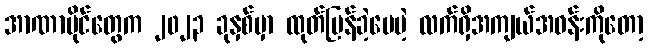
အာဏာပိုင်တွေက ၂၀၂၃ ခုနှစ်မှာ ထုတ်ပြန်ခဲ့ပေမဲ့ လက်ရှိအကျယ်အဝန်းကိုတော့